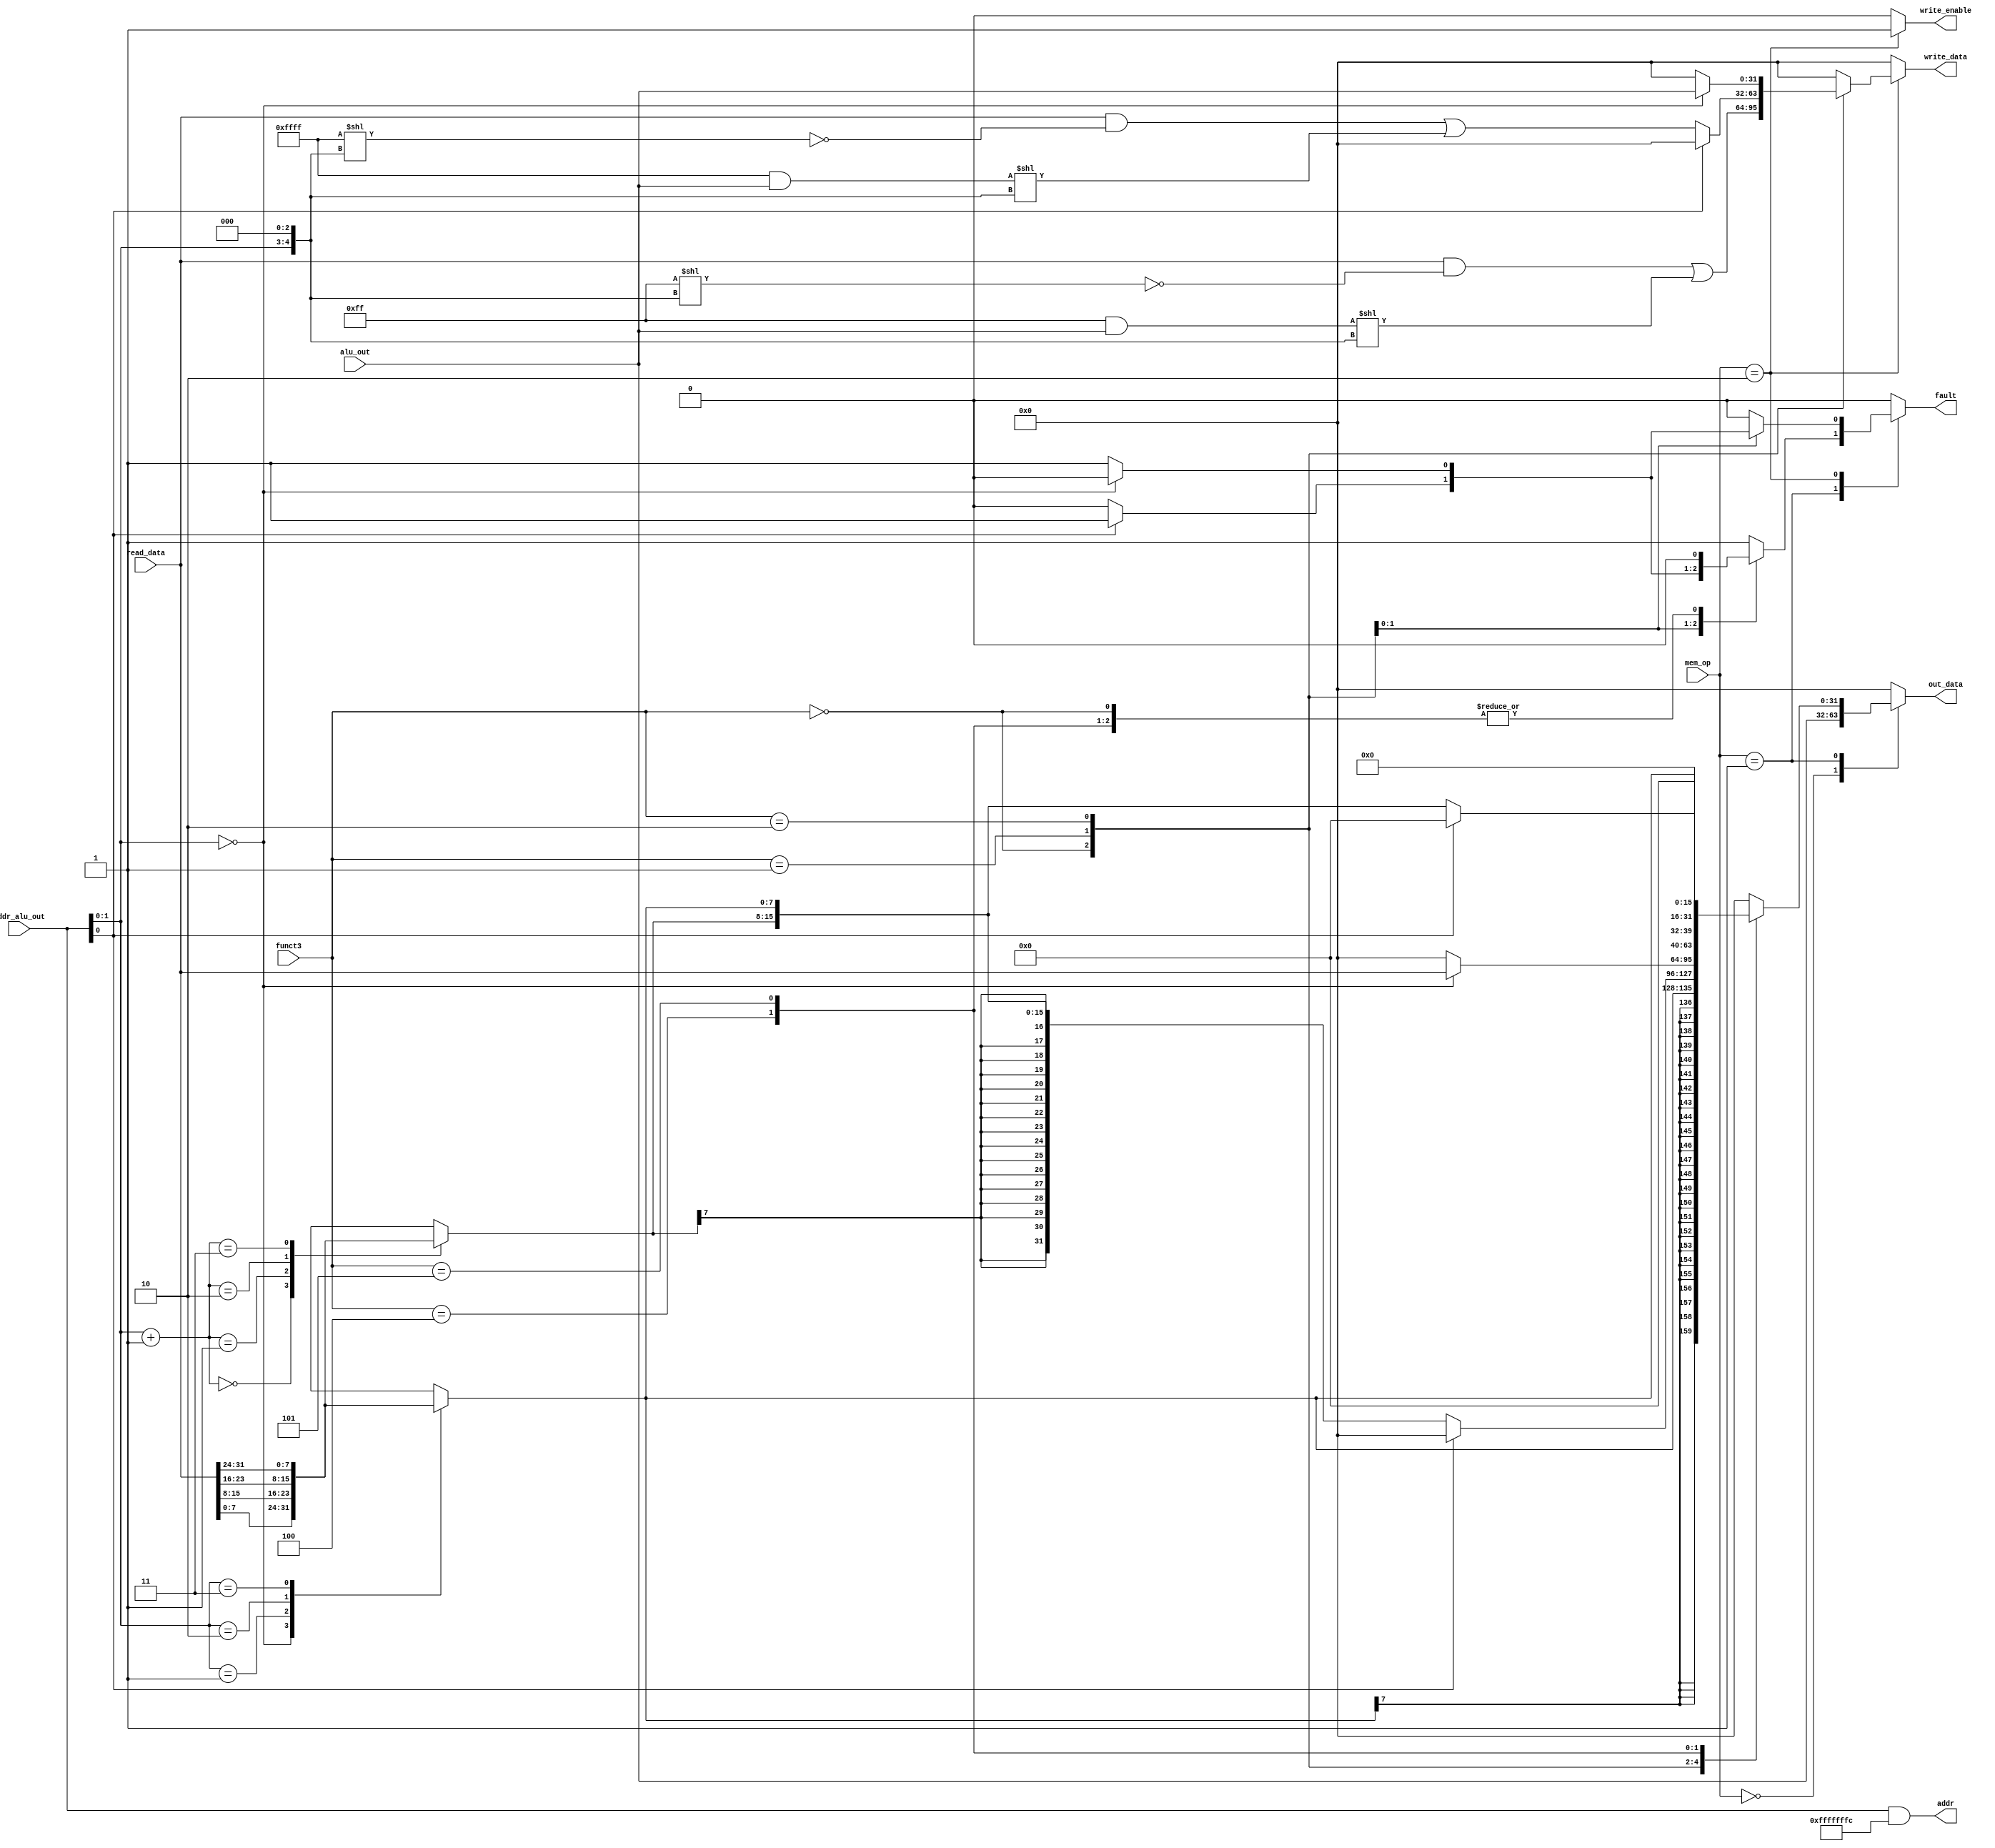
module mem_unit(
	input wire [1:0] mem_op,
	input wire [31:0] alu_out,
	input wire [31:0] addr_alu_out,
	input wire [2:0] funct3,
	output reg [31:0] addr,
	input wire [31:0] read_data,
	output reg [31:0] write_data,
	output reg write_enable,
	output reg [31:0] out_data,
	output reg fault
);

wire [7:0] slice[3:0];
assign slice[0] = read_data[7:0];
assign slice[1] = read_data[15:8];
assign slice[2] = read_data[23:16];
assign slice[3] = read_data[31:24];

wire [1:0] offset;
assign offset = addr_alu_out[1:0];
wire [5:0] offsetb = offset << 3;

always @* begin
	addr = addr_alu_out & (~'b11);
	write_data = 0;
	write_enable = 0;
	out_data = 0;
	fault = 0;

	case (mem_op)
		0: out_data = alu_out;
		1: 
		case (funct3)
			//LB
			0: out_data = $signed(slice[offset]);
			//LH
			1: if (offset[0] == 0)
				out_data = $signed({slice[offset + 1], slice[offset]});
			   else
				fault = 1;
			//LW
			2: if (offset == 0)
				out_data = read_data;
			else
				fault = 1;
			//LBU
			4: out_data = slice[offset];
			//LHU
			5: if (offset[0] == 0)
				out_data = {slice[offset + 1], slice[offset]};
			default:
				fault = 1;
		endcase
		2: begin
			write_enable = 1;
			case (funct3)
				0: write_data = (read_data & ~(8'hFF << offsetb)) | (('hFF & alu_out) << offsetb);
				1: if (offset[0] == 0)
					write_data = (read_data & ~(16'hFFFF << offsetb)) | ((16'hFFFF & alu_out) << offsetb);
				   else 
					fault = 1;
				2: if (offset == 0)
					write_data = alu_out;
				   else
					fault = 1;
			endcase
		end
	endcase
end

endmodule